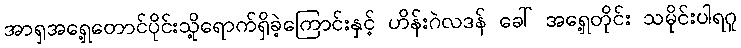
အာရှအရှေ့တောင်ပိုင်းသို့ရောက်ရှိခဲ့ကြောင်းနှင့် ဟိန်းဂဲလဒန် ခေါ် အရှေ့တိုင်း သမိုင်းပါရဂူ